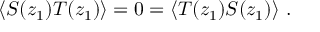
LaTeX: \langle S ( z _ { 1 } ) T ( z _ { 1 } ) \rangle = 0 = \langle T ( z _ { 1 } ) S ( z _ { 1 } ) \rangle \ .